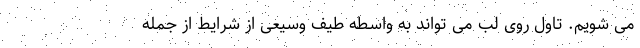
می شویم. تاول روی لب می تواند به واسطه طیف وسیعی از شرایط از جمله